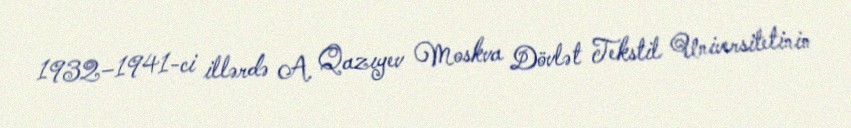
1932–1941-ci illərdə A. Qazıyev Moskva Dövlət Tekstil Universitetinin